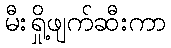
မီးရှို့ဖျက်ဆီးကာ